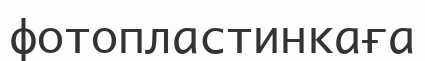
фотопластинкаға